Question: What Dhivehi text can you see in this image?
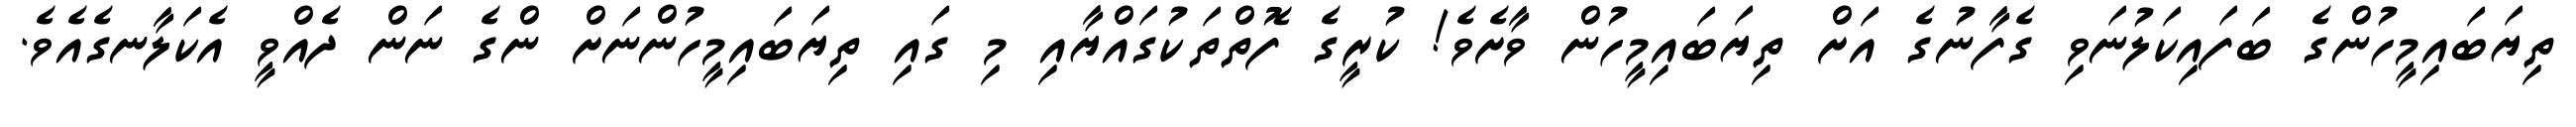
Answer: ތިޔަބައިމީހުންގެ ބަފައިކަލުނަވި ގެފާނުގެ އަށް ތިޔަބައިމީހުން ވާށެވެ! ކުރީގެ ފޮތްތަކުގައްޔާއި މި ގައި ތިޔަބައިމީހުންނަށް ންގެ ނަން ދެއްވީ އެކަލާނގެއެވެ.